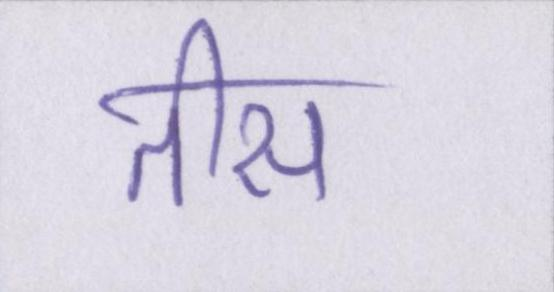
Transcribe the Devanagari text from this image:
तीस